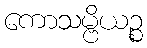
ကောသမ္ဗိယဉ္စ